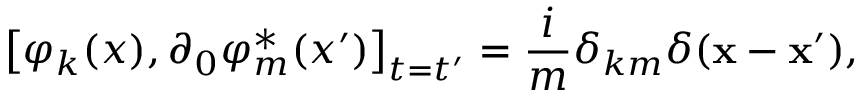
\left[ \varphi _ { k } ( x ) , \partial _ { 0 } \varphi _ { m } ^ { * } ( x ^ { \prime } ) \right] _ { t = t ^ { \prime } } = \frac { i } { m } \delta _ { k m } \delta ( \mathbf { x } - \mathbf { x } ^ { \prime } ) ,